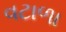
વટાળા